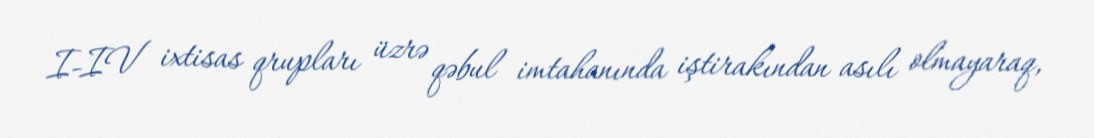
I-IV ixtisas qrupları üzrə qəbul imtahanında iştirakından asılı olmayaraq,